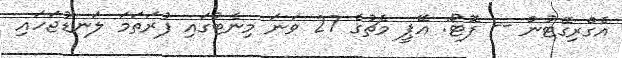
އެގްރިގޭޓުން -- ފޮޓޯ: އޭޕީ މެޗުގެ 27 ވަނަ މިނެޓުގައި ފުރަތަމަ ލަނޑުޖަހައި